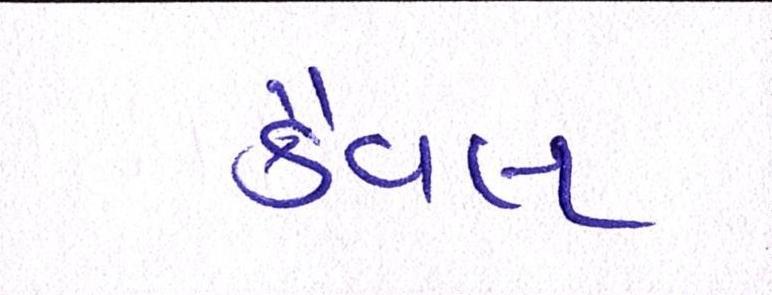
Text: કૈવલ